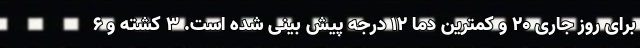
برای روز جاری ۲۰ و کمترین دما ۱۲ درجه پیش بینی شده است. ۳ کشته و ۶